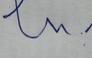
Signature authenticity: forged